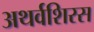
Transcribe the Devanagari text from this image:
अथर्वशिरस